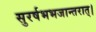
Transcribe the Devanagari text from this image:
सुरर्षभभजान्तरात्।